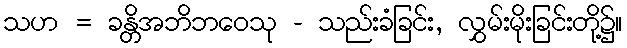
သဟ = ခန္တိအဘိဘဝေသု - သည်းခံခြင်း, လွှမ်းမိုးခြင်းတို့၌။